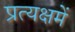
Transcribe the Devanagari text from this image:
प्रत्यक्षमें